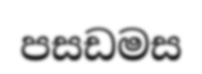
පසඩමස